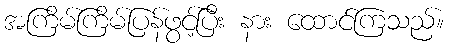
အကြိမ်ကြိမ်ပြန်ဖွင့်ပြီး နား ထောင်ကြသည်။